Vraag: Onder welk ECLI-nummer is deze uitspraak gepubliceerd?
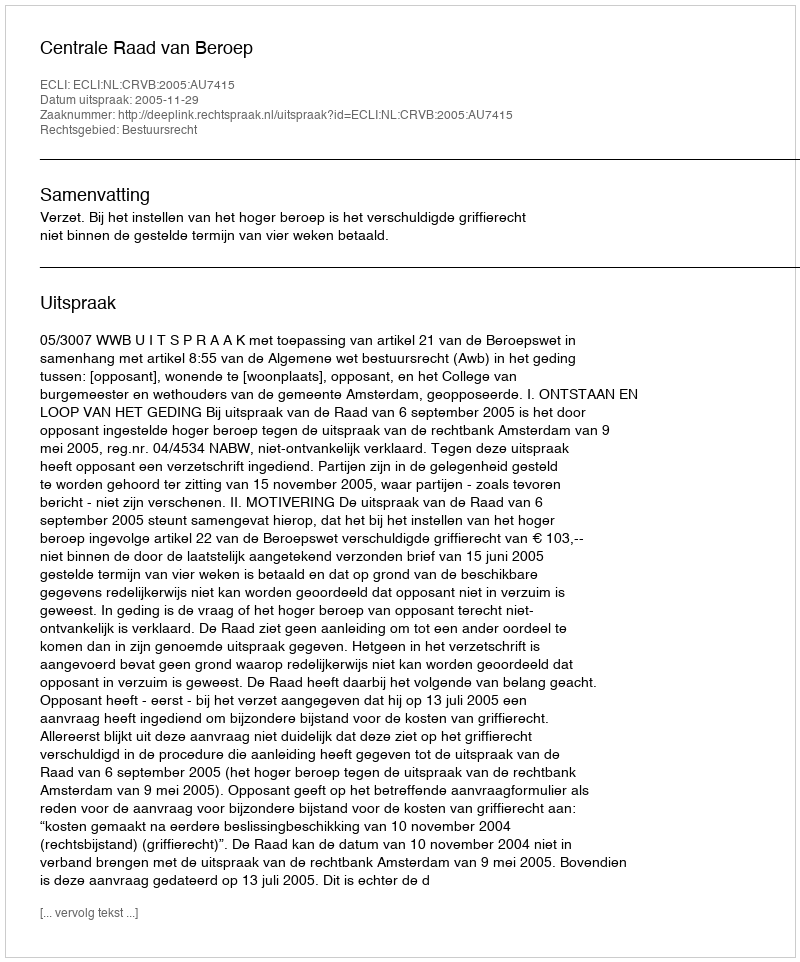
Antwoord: ECLI:NL:CRVB:2005:AU7415